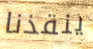
ينقذنا